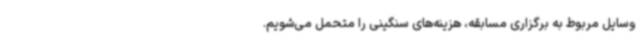
وسایل مربوط به برگزاری مسابقه، هزینه‌های سنگینی را متحمل می‌شویم.